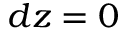
d z = 0